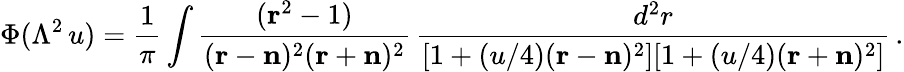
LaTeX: \Phi(\Lambda^{2}\, u)={\frac{1}{\pi}}\int{\frac{({\mathbf r}^{2}-1)}{({\mathbf r}-{\mathbf n})^{2}({\mathbf r}+{\mathbf n})^{2}}}\, {\frac{d^{2}r}{[1+(u/4)({\mathbf r}-{\mathbf n})^{2}][1+(u/4)({\mathbf r}+{\mathbf n})^{2}]}}\, .